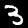
Label: 3